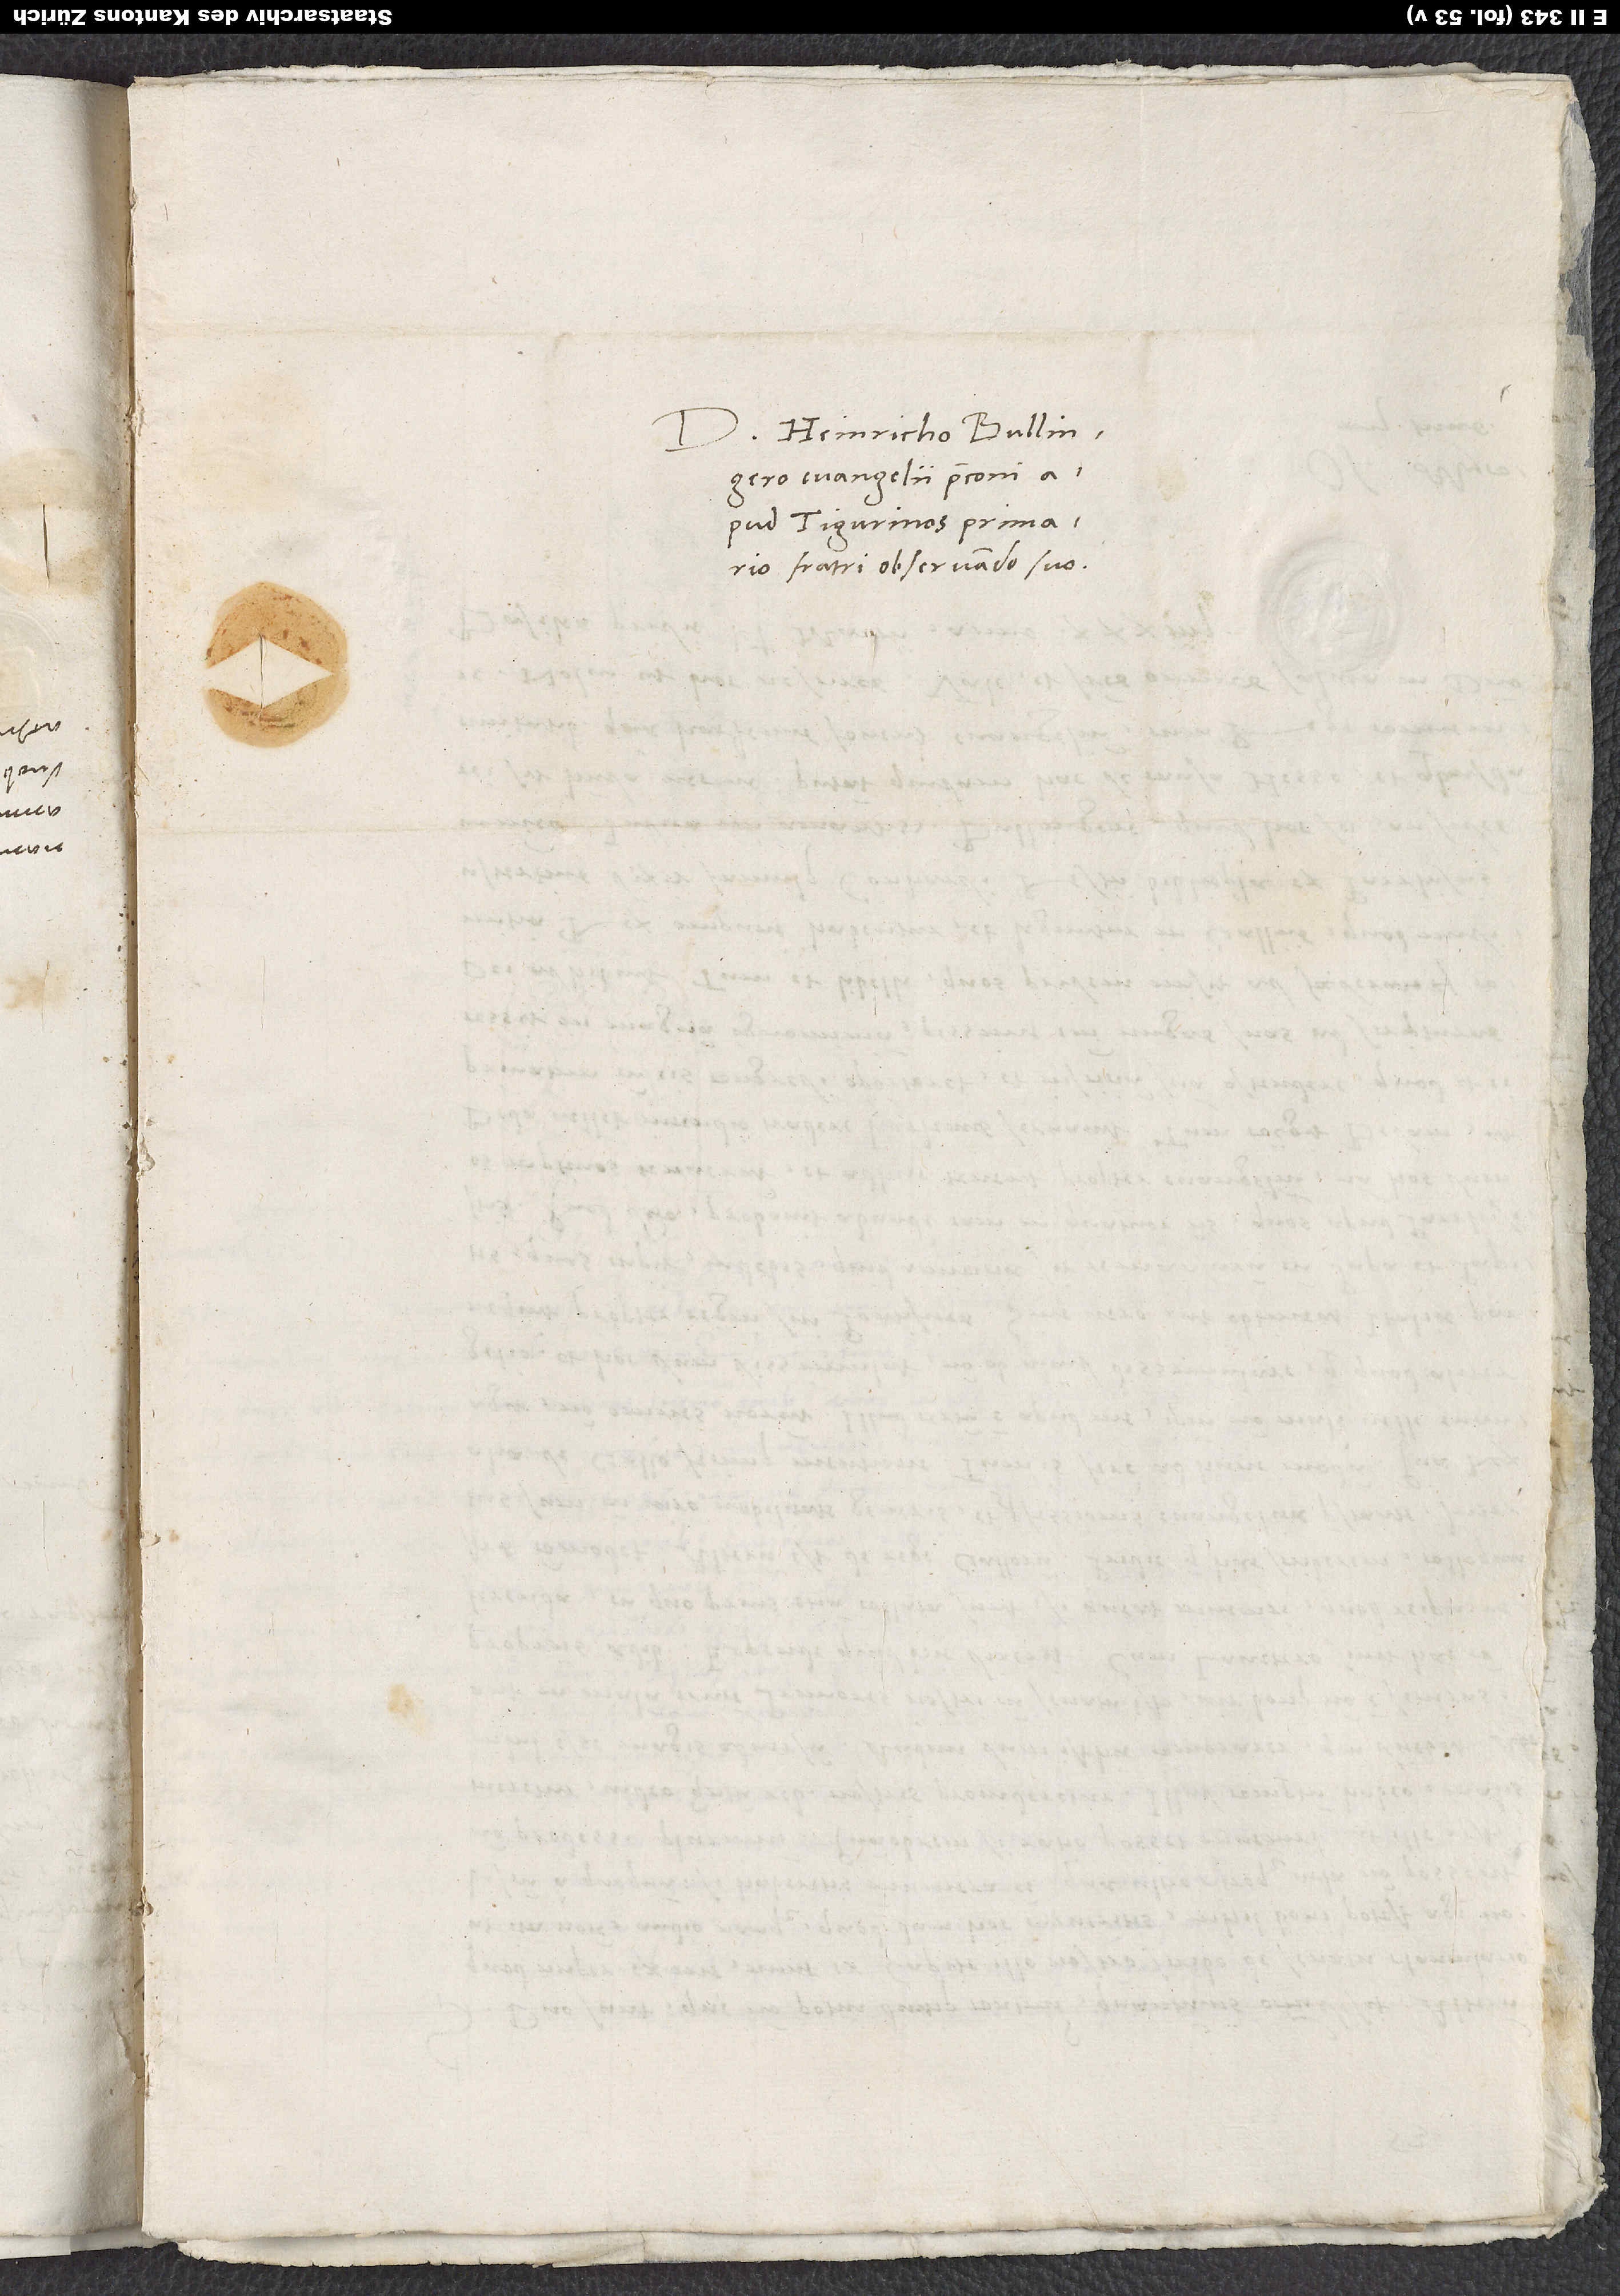
Domino Heinricho Bullingero,
apud Tigurinos primario,
fratri observando suo.